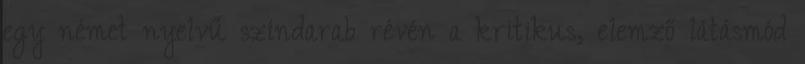
egy német nyelvű színdarab révén a kritikus, elemző látásmód